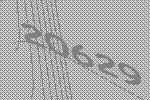
20629